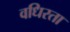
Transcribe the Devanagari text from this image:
वधिरता